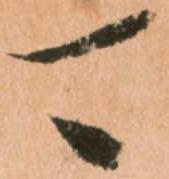
可